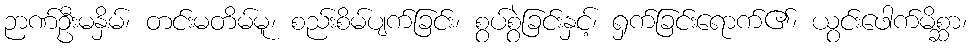
ဉာဏ်ဦးမနှိမ်၊ တင်းမတိမ်မူ၊ စည်းစိမ်ပျက်ခြင်း၊ စွပ်စွဲခြင်းနှင့်၊ ရှက်ခြင်းရောက်၏၊ ယွင်းဖေါက်မိစ္ဆာ၊